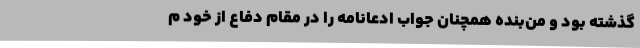
گذشته بود و من‌بنده همچنان جواب ادعانامه را در مقام دفاع از خود م